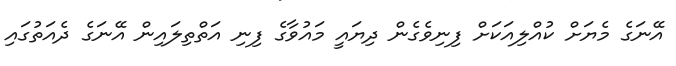
އޭނަގެ މެޔަށް ކުއްލިއަކަށް ފިނިވެގެން ދިޔައީ މައުވާގެ ފިނި އަތްތިލައިން އޭނަގެ ދެއަތުގައި